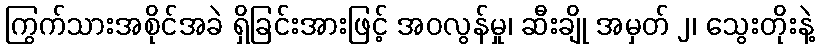
ကြွက်သားအစိုင်အခဲ ရှိခြင်းအားဖြင့် အဝလွန်မှု၊ ဆီးချို အမှတ် ၂၊ သွေးတိုးနဲ့